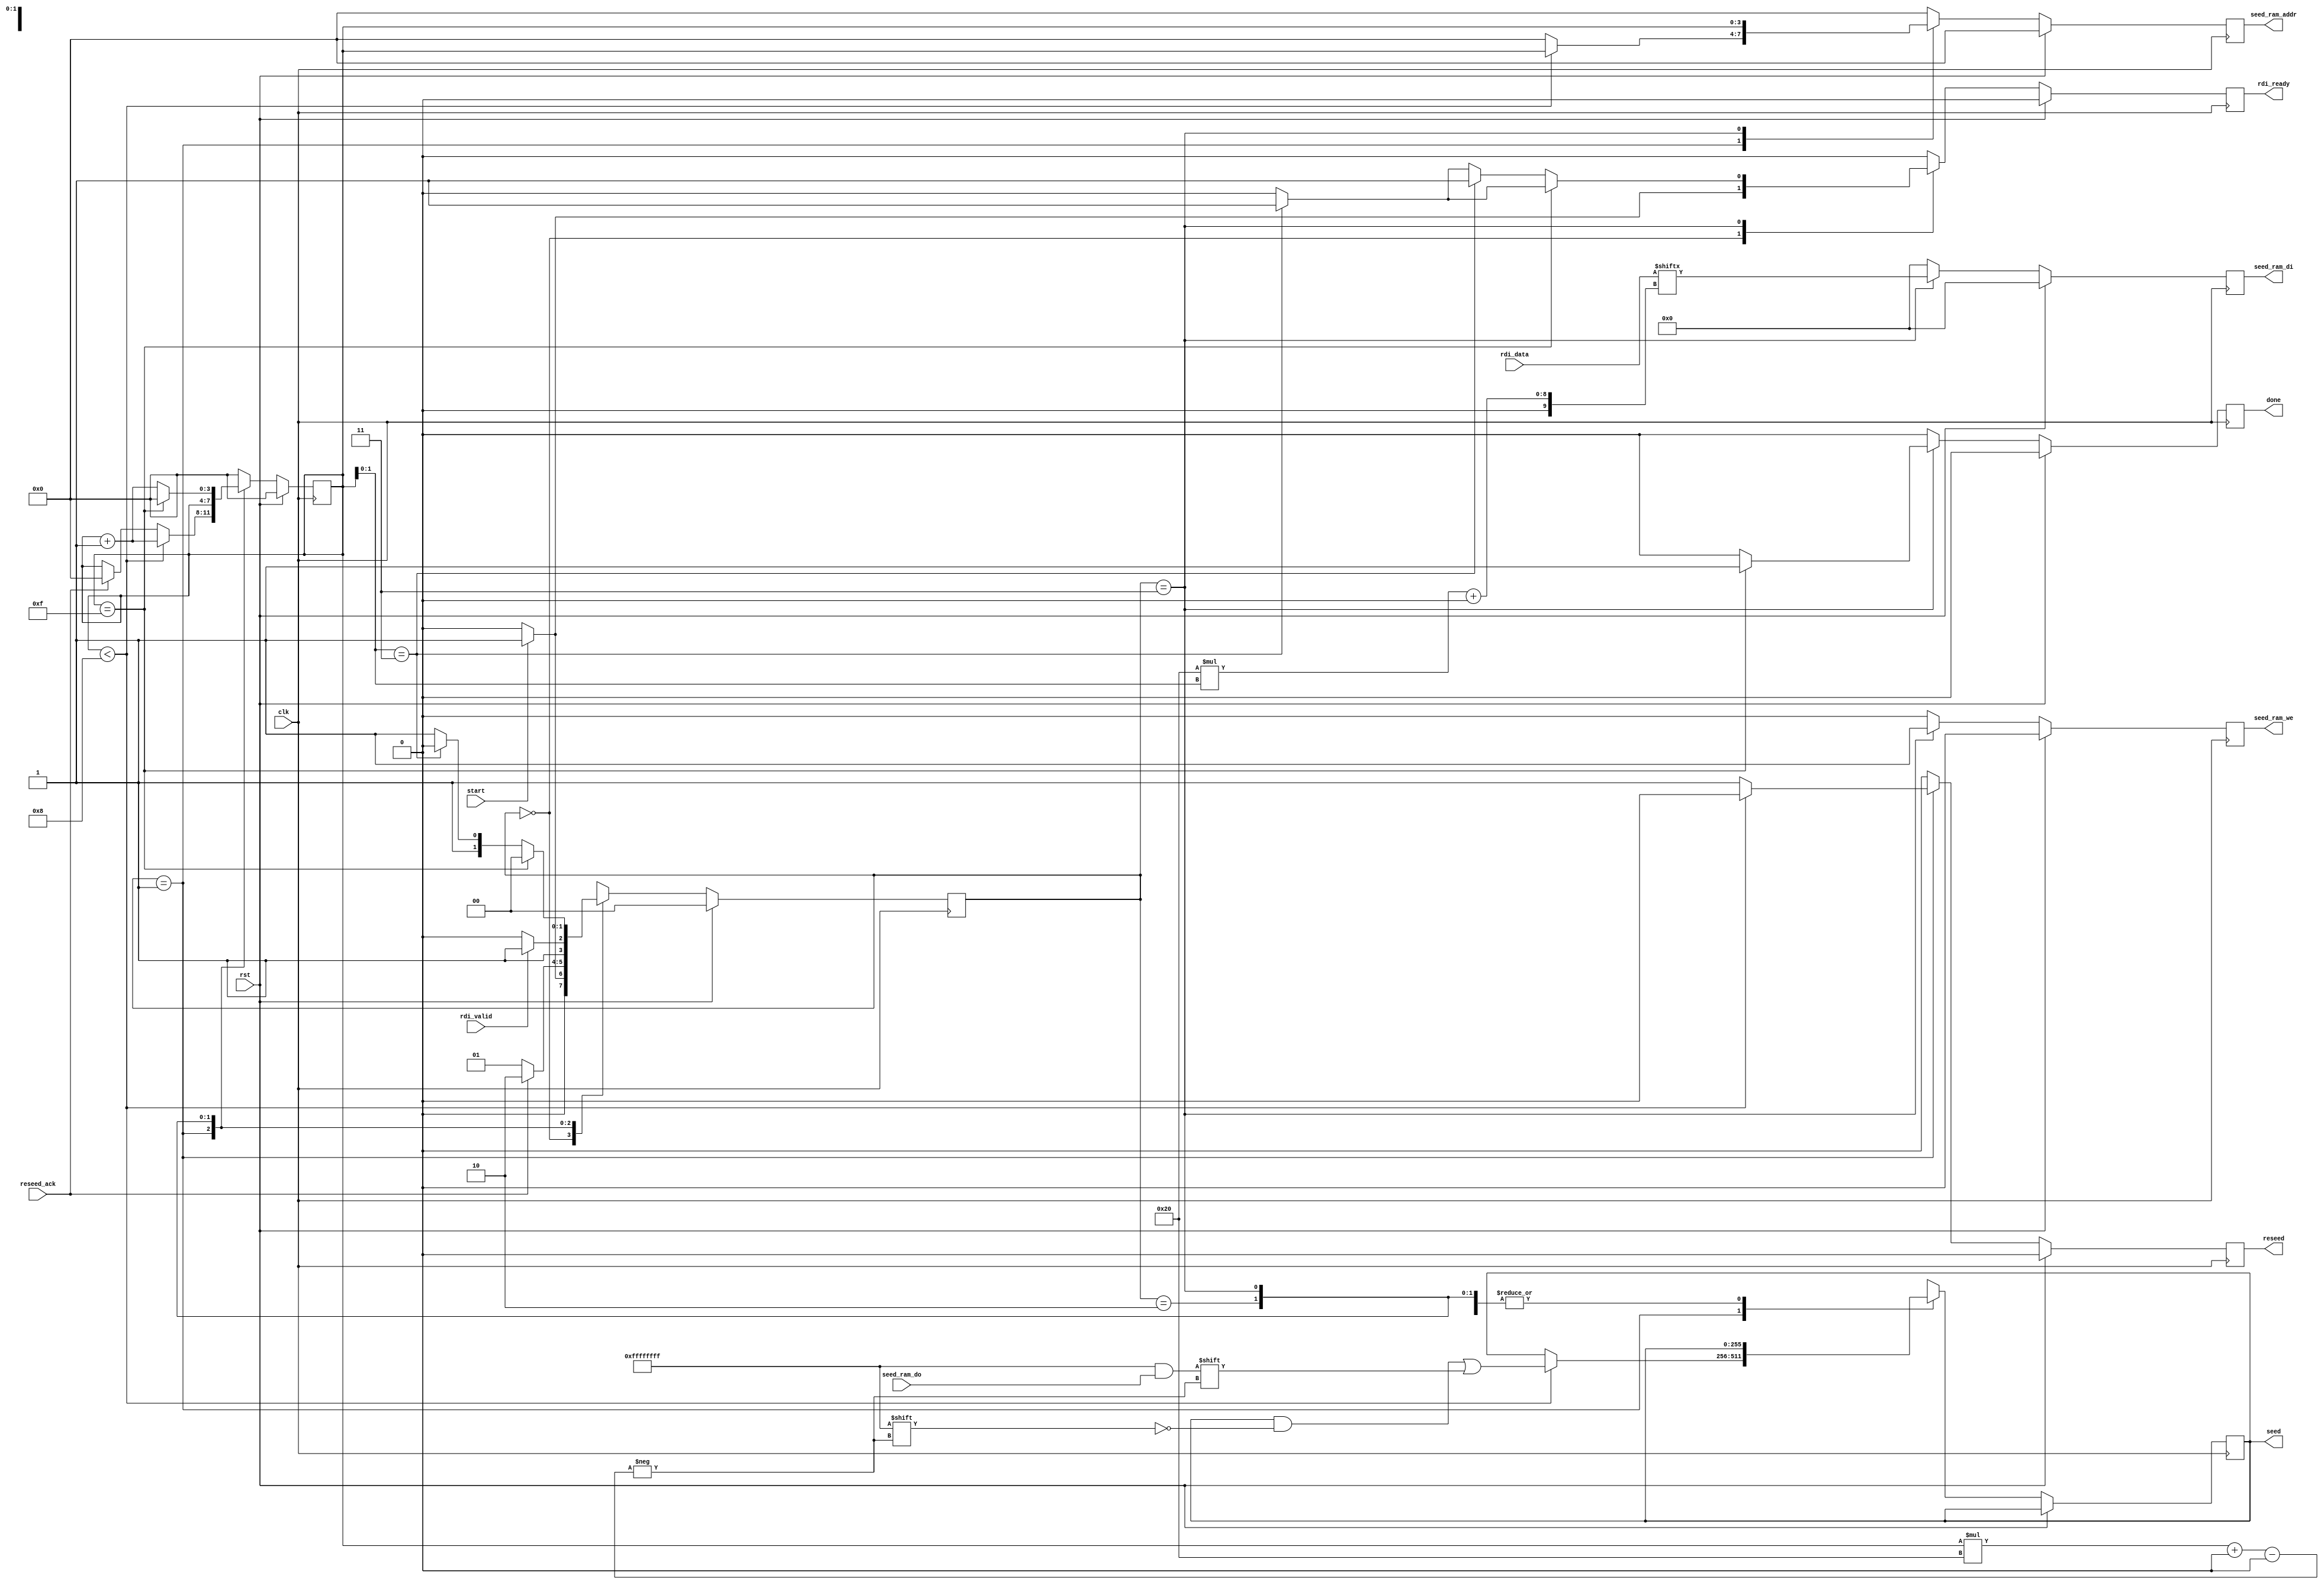
`timescale 1ns / 1ps
//////////////////////////////////////////////////////////////////////////////////
// Company: 
// Engineer: 
// 
// Design Name: 
// Module Name: seed_expander
// Project Name: 
// Target Devices: 
// Tool Versions: 
// Description: 
// 
// Dependencies: 
// 
// Revision:
// Revision 0.01 - File Created
// Additional Comments:
// 
//////////////////////////////////////////////////////////////////////////////////


module seed_expander(
    // basic inputs
    input clk,
    input rst,
    // control inputs
    input start,
    output reg done = 0,
    // input RAM signals
    output reg [3:0] seed_ram_addr = 0,
    output reg seed_ram_we = 0,
    output reg [31:0] seed_ram_di,
    input [31:0] seed_ram_do,
    // Trivium module signals
    output reg [255:0] seed = 0,
    output reg reseed = 0,
    input reseed_ack,
	input [127:0] rdi_data,
	input rdi_valid,
	output reg rdi_ready = 0
    );
    
    localparam
        HOLD       = 2'd0,
        SETUP_SEED = 2'd1,
        RUN_PRNG   = 2'd2,
        STORE      = 2'd3;
    reg [1:0] state, state_next;
    reg [3:0] j;   
        // combinational state logic
    always @(*) begin
        state_next = state;
    
        case (state) 
        HOLD: begin
            state_next = (start == 1'b1) ? SETUP_SEED : HOLD;
        end
        SETUP_SEED: begin
            state_next = (reseed_ack) ? RUN_PRNG : SETUP_SEED;
        end
        RUN_PRNG: begin
            state_next = (rdi_valid) ? STORE : RUN_PRNG;
        end
        STORE: begin
            state_next = (j == 15) ? HOLD
                            : (j[1:0] == 2'b11) ? RUN_PRNG : STORE;
        end        
        endcase
    end
    
    // sequential state logic
    always @(posedge clk) begin
        state <= (rst) ? HOLD : state_next;
    end
    
    // sequential output logic
    always @(posedge clk) begin
        // defaults
        done <= 1'b0;
        
        // seed ram (polynomial)
        seed_ram_addr <= 0;
        seed_ram_we <= 0;
        seed_ram_di <= 0;
    
        // Trivium signals
        rdi_ready <= 1'b0;
        reseed <= 0;
    
        j <= 0;
        
        if (rst == 1'b1) begin
            seed_ram_addr <= 0;
        end else begin
               
            case (state) 
            HOLD: begin
                if (start) begin
                    rdi_ready <= 1;
                end
            end
            SETUP_SEED: begin
                if (j < 8) begin
                    seed_ram_addr <= j;
                    seed[j*32+:32] <= seed_ram_do;
                    j <= j + 1;
                end else begin
                    reseed <= 1'b1;
                    j <= (reseed_ack) ? 0 : j;
                end
            end
            RUN_PRNG: begin
                rdi_ready <= 1'b0;
                j <= j;
            end
            STORE: begin
                seed_ram_addr <= j;
                seed_ram_we <= 1;
                seed_ram_di <= rdi_data[32*j[1:0]+:32];
                
                // run PRNG if ready
                if (j[1:0] == 2'b11) begin
                    rdi_ready <= 1'b1;
                end
                
                if (j == 15) begin
                    done <= 1;
                end 
                else if (j[1:0] == 2'b11) begin
                    rdi_ready <= 1'b1;
                    j <= j + 1;
                end else begin
                    j <= j + 1;
                end
            end        
            endcase
        end
    end
    
endmodule